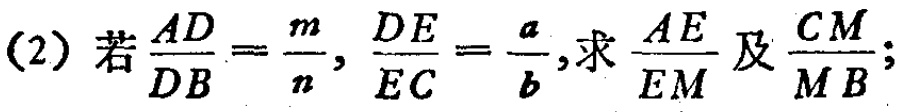
(2) 若$\frac{AD}{DB}=\frac{m}{n},\frac{DE}{EC}=\frac{a}{b}$,求$\frac{AE}{EM}$及$\frac{CM}{MB}$;